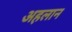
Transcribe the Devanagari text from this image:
अहलान